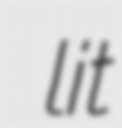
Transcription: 牛島 lit